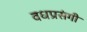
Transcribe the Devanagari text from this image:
वधप्रसंगी